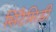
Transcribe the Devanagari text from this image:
सिटैसिडी